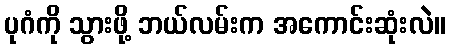
ပုဂံကို သွားဖို့ ဘယ်လမ်းက အကောင်းဆုံးလဲ။